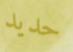
حديد